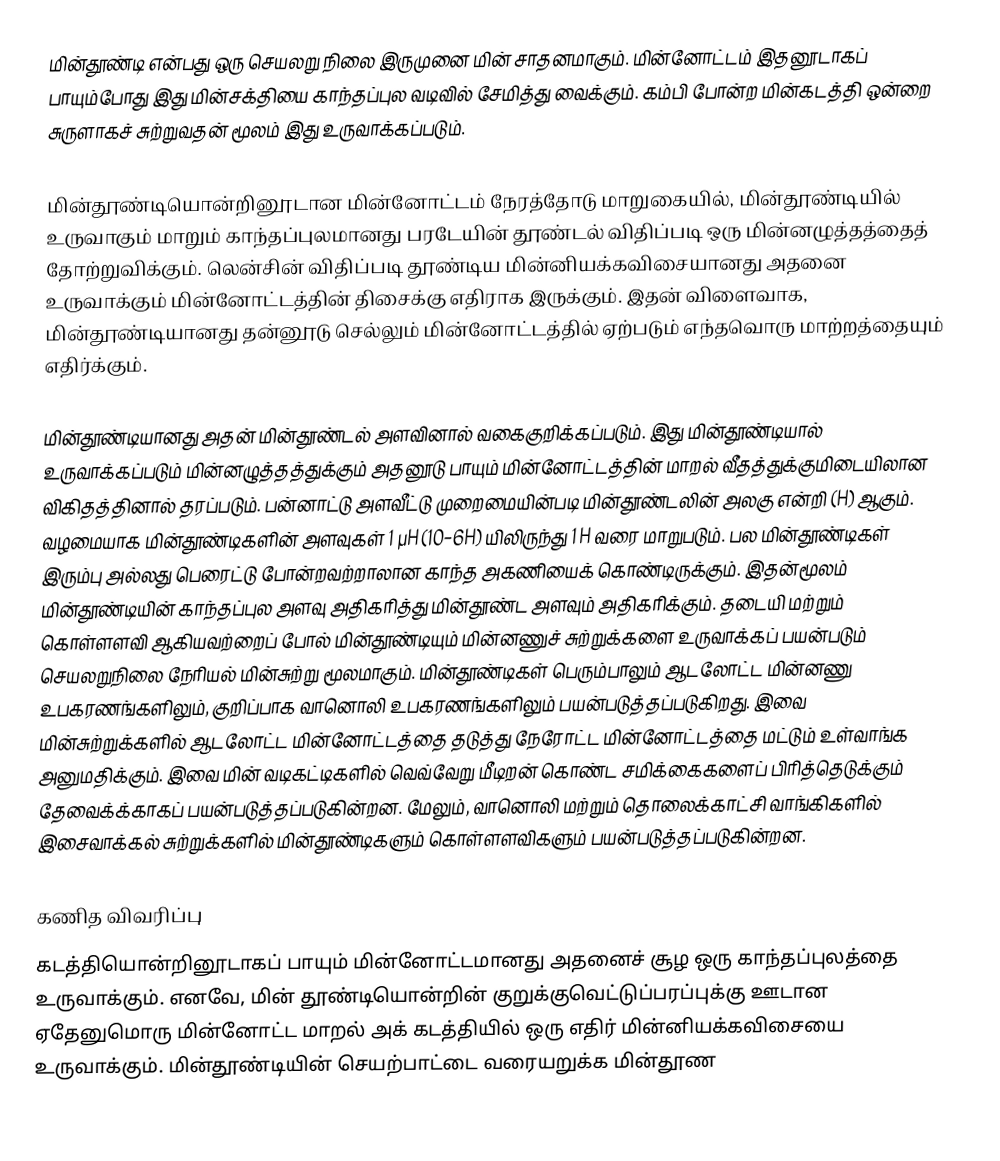
மின்தூண்டி என்பது ஒரு செயலறு நிலை இருமுனை மின் சாதனமாகும். மின்னோட்டம் இதனூடாகப் பாயும்போது இது மின்சக்தியை காந்தப்புல வடிவில் சேமித்து வைக்கும். கம்பி போன்ற மின்கடத்தி ஒன்றை சுருளாகச் சுற்றுவதன் மூலம் இது உருவாக்கப்படும்.

மின்தூண்டியொன்றினூடான மின்னோட்டம் நேரத்தோடு மாறுகையில், மின்தூண்டியில் உருவாகும் மாறும் காந்தப்புலமானது பரடேயின் தூண்டல் விதிப்படி ஒரு மின்னழுத்தத்தைத் தோற்றுவிக்கும். லென்சின் விதிப்படி தூண்டிய மின்னியக்கவிசையானது அதனை உருவாக்கும் மின்னோட்டத்தின் திசைக்கு எதிராக இருக்கும். இதன் விளைவாக, மின்தூண்டியானது தன்னூடு செல்லும் மின்னோட்டத்தில் ஏற்படும் எந்தவொரு மாற்றத்தையும் எதிர்க்கும்.

மின்தூண்டியானது அதன் மின்தூண்டல் அளவினால் வகைகுறிக்கப்படும். இது மின்தூண்டியால் உருவாக்கப்படும் மின்னழுத்தத்துக்கும் அதனூடு பாயும் மின்னோட்டத்தின் மாறல் வீதத்துக்குமிடையிலான விகிதத்தினால் தரப்படும். பன்னாட்டு அளவீட்டு முறைமையின்படி மின்தூண்டலின் அலகு என்றி (H) ஆகும். வழமையாக மின்தூண்டிகளின் அளவுகள் 1 µH (10−6H) யிலிருந்து 1 H வரை மாறுபடும். பல மின்தூண்டிகள் இரும்பு அல்லது பெரைட்டு போன்றவற்றாலான காந்த அகணியைக் கொண்டிருக்கும். இதன்மூலம் மின்தூண்டியின் காந்தப்புல அளவு அதிகரித்து மின்தூண்ட அளவும் அதிகரிக்கும். தடையி மற்றும் கொள்ளளவி ஆகியவற்றைப் போல் மின்தூண்டியும் மின்னணுச் சுற்றுக்களை உருவாக்கப் பயன்படும் செயலறுநிலை நேரியல் மின்சுற்று மூலமாகும். மின்தூண்டிகள் பெரும்பாலும் ஆடலோட்ட மின்னணு உபகரணங்களிலும், குறிப்பாக வானொலி உபகரணங்களிலும் பயன்படுத்தப்படுகிறது. இவை மின்சுற்றுக்களில் ஆடலோட்ட மின்னோட்டத்தை தடுத்து நேரோட்ட மின்னோட்டத்தை மட்டும் உள்வாங்க அனுமதிக்கும். இவை மின் வடிகட்டிகளில் வெவ்வேறு மீடிறன் கொண்ட சமிக்கைகளைப் பிரித்தெடுக்கும் தேவைக்க்காகப் பயன்படுத்தப்படுகின்றன. மேலும், வானொலி மற்றும் தொலைக்காட்சி வாங்கிகளில் இசைவாக்கல் சுற்றுக்களில் மின்தூண்டிகளும் கொள்ளளவிகளும் பயன்படுத்தப்படுகின்றன.

கணித விவரிப்பு
கடத்தியொன்றினூடாகப் பாயும் மின்னோட்டமானது அதனைச் சூழ ஒரு காந்தப்புலத்தை உருவாக்கும். எனவே, மின் தூண்டியொன்றின் குறுக்குவெட்டுப்பரப்புக்கு ஊடான ஏதேனுமொரு மின்னோட்ட மாறல் அக் கடத்தியில் ஒரு எதிர் மின்னியக்கவிசையை உருவாக்கும். மின்தூண்டியின் செயற்பாட்டை வரையறுக்க மின்தூண